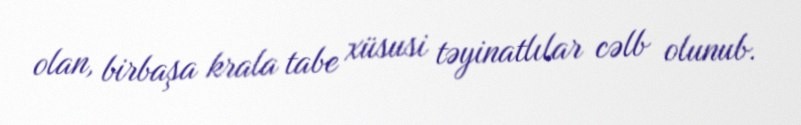
olan, birbaşa krala tabe xüsusi təyinatlılar cəlb olunub.